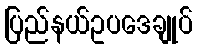
ပြည်နယ်ဥပဒေချုပ်